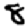
Digit: 8